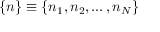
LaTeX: \{ n \} \equiv \{ n _ { 1 } , n _ { 2 } , \dots , n _ { N } \}